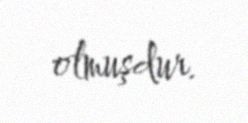
olmuşdur.